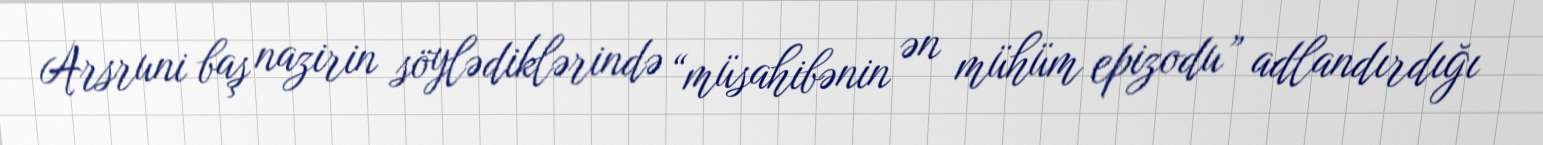
Arsruni baş nazirin söylədiklərində “müsahibənin ən mühüm epizodu” adlandırdığı